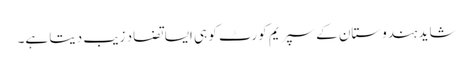
شاید ہندوستان کے سپریم کورٹ کو ہی ایسا تضاد زیب دیتا ہے۔